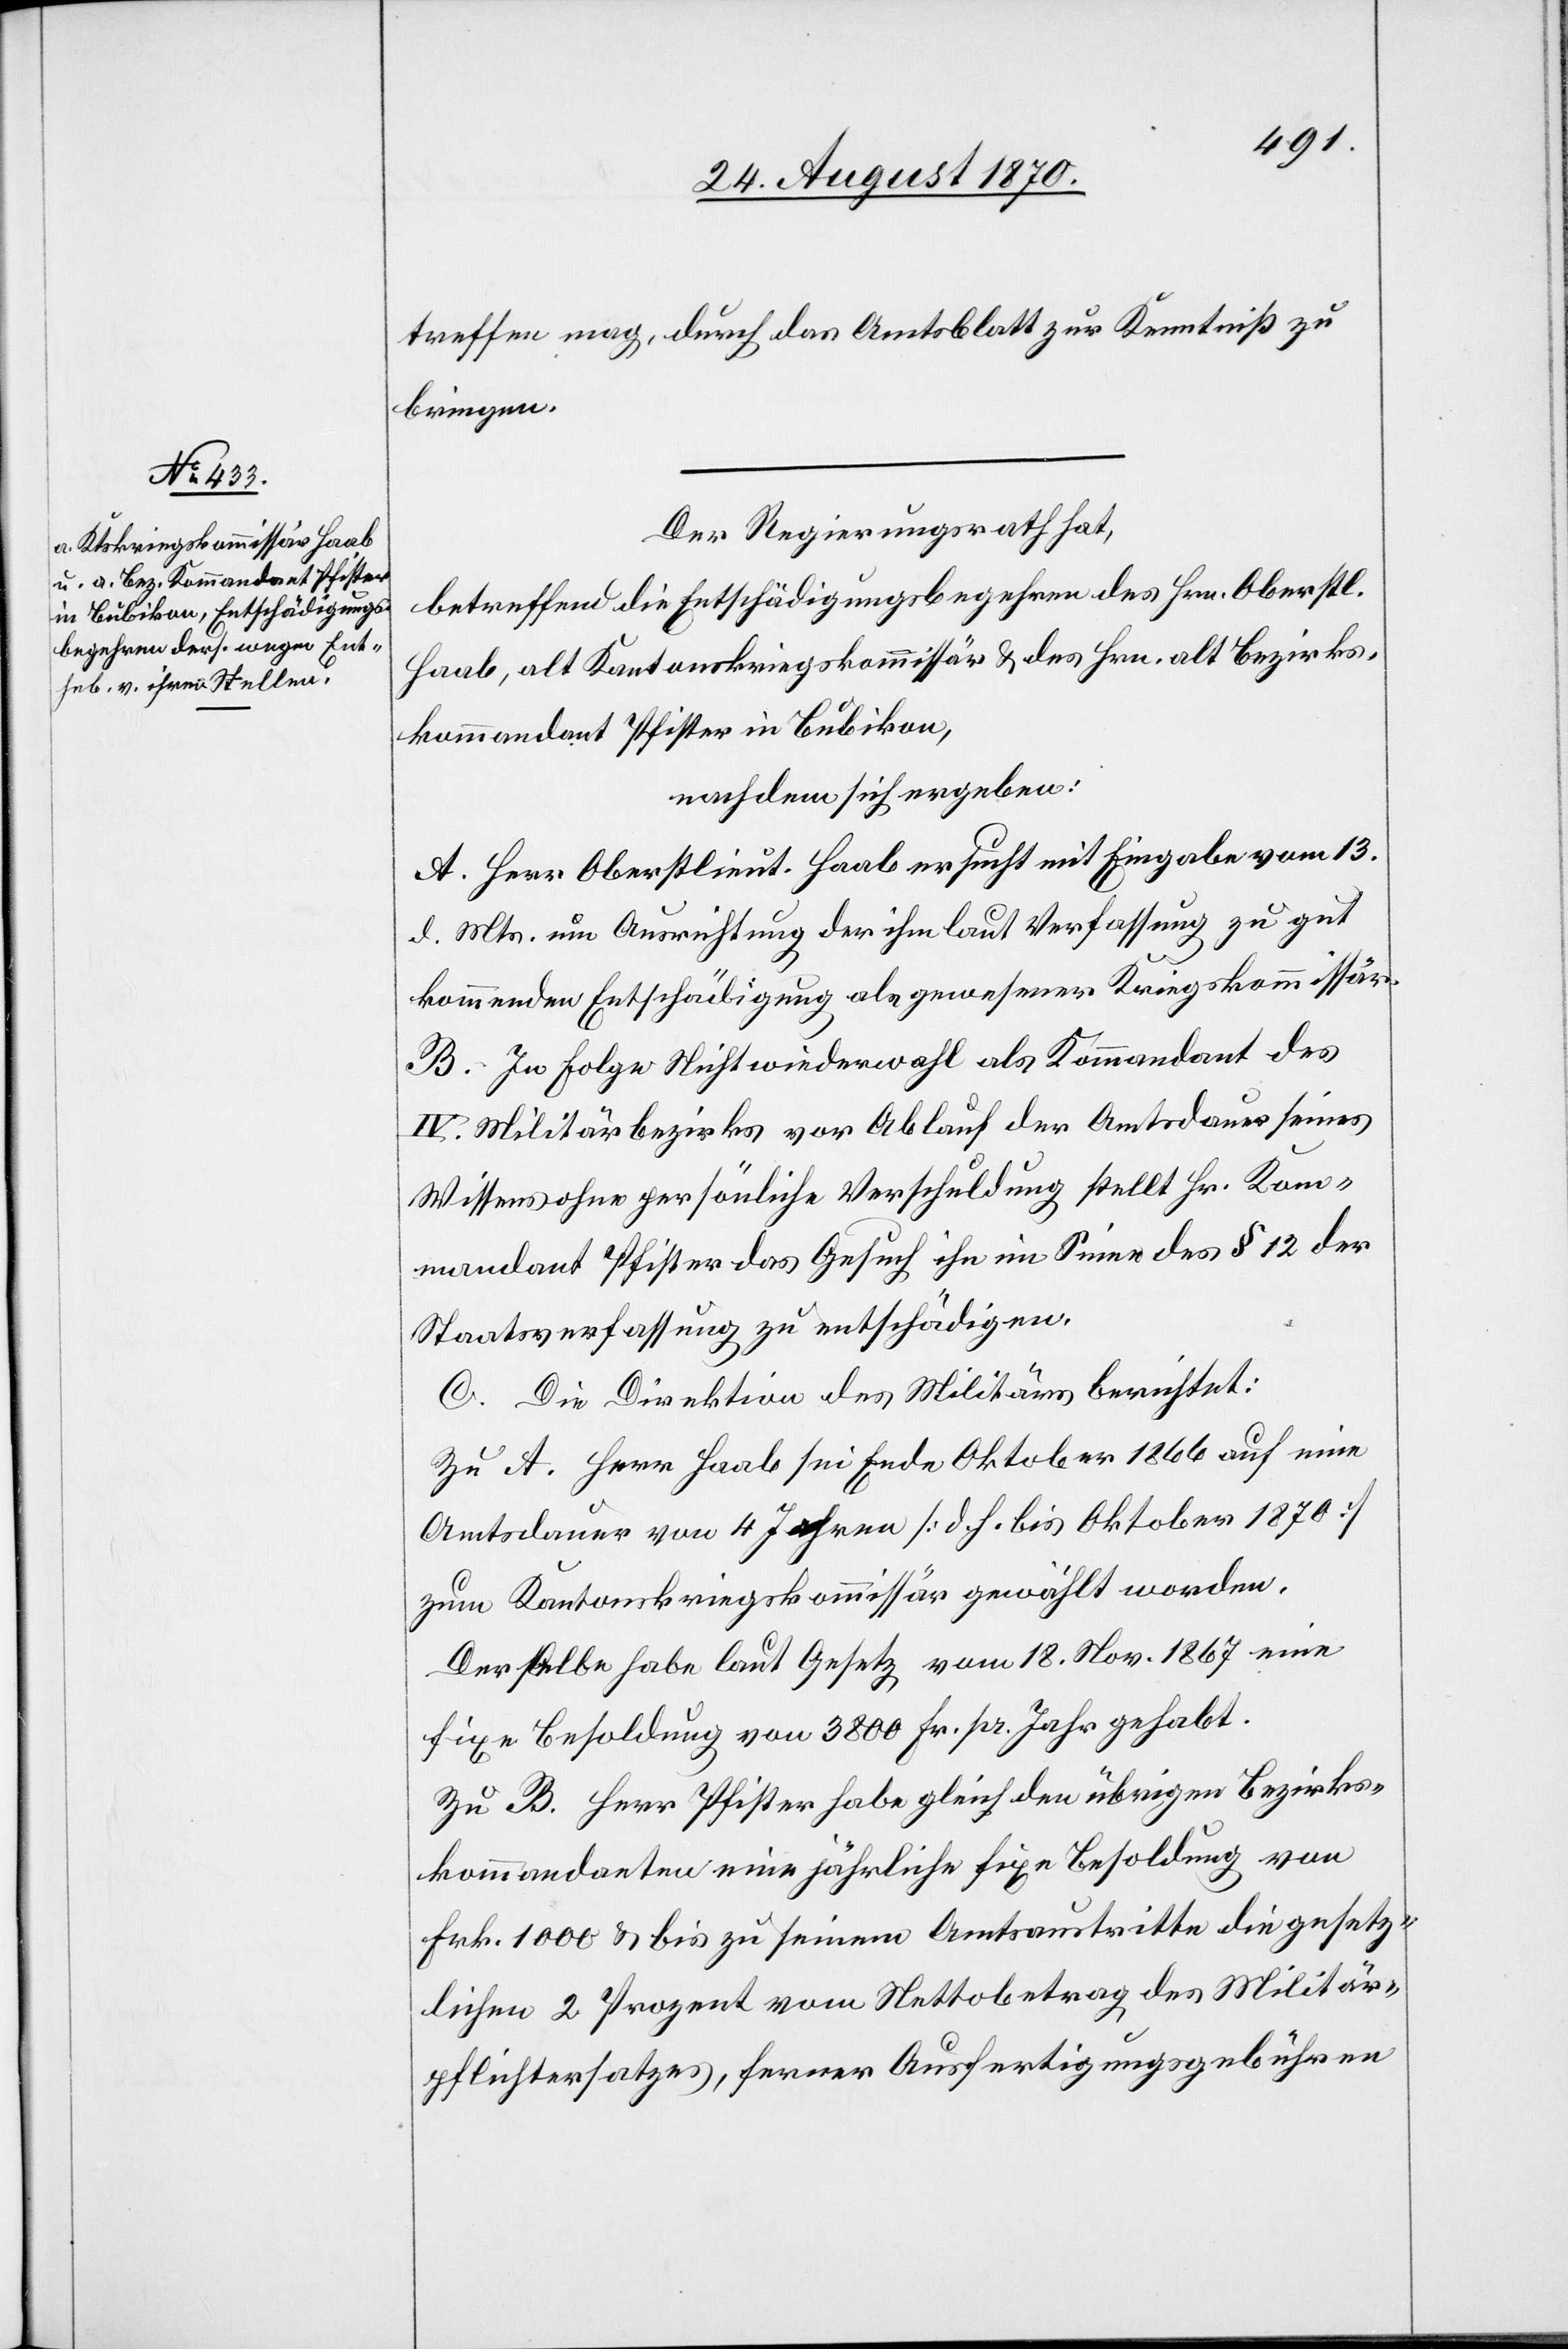
treffen mag, durch das Amtsblatt zur Kenntniß zu
bringen.
Der Regierungsrath hat,
betreffend die Entschädigungsbegehren des Hrn. Oberstl.
Haab, alt Kantonskriegskommissär & des Hrn. alt Bezirks¬
kommandant Pfister in Bubikon,
nachdem sich ergeben:
A. Herr Oberstlieut. Haab ersucht mit Eingabe vom 13.
d. Mts. um Ausrichtung der ihm laut Verfassung zu gut
kommenden Entschädigung als gewesener Kriegskommissär.
B. In Folge Nichtwiederwahl als Kommandant des
IV. Militärbezirks vor Ablauf der Amtsdauer seines
Wissens ohne persönliche Verschuldung stellt Hr. Kom¬
mandant Pfister das Gesuch ihn im Sinne des § 12 der
Staatsverfassung zu entschädigen.
C. Die Direktion des Militärs berichtet:
Zu A. Herr Haab sei Ende Oktober 1866 auf eine
Amtsdauer von 4 Jahren [d. h. bis Oktober 1870]
zum Kantonskriegskommissär gewählt worden.
Derselbe habe laut Gesetz vom 18. Nov. 1867 eine
fixe Besoldung von 3800 Fr. pr. Jahr gehabt.
Zu B. Herr Pfister habe gleich den übrigen Bezirks¬
kommandanten eine jährliche Besoldung von
Frk. 1000 & bis zu seinem Amtsantritte die gesetz¬
lichen 2 Prozent vom Nettobetrag des Militär¬
pflichtersatzes, ferner Ausfertigungsgebühren